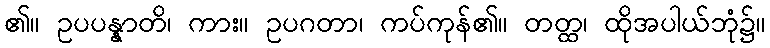
၏။ ဥပပန္နာတိ၊ ကား။ ဥပဂတာ၊ ကပ်ကုန်၏။ တတ္ထ၊ ထိုအပါယ်ဘုံ၌။